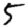
Digit: 5